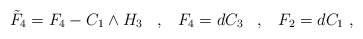
\begin{align*}\tilde F_4 = F_4 - C_1 \wedge H_3 \;\;\; , \;\;\; F_4 = dC_3 \;\;\; ,\;\;\; F_2 = dC_1 \ ,\end{align*}